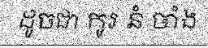
ដូចជា កូរ នំ ចាំង